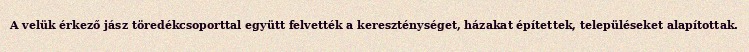
A velük érkező jász töredékcsoporttal együtt felvették a kereszténységet, házakat építettek, településeket alapítottak.